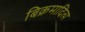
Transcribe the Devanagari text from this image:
बिक्रमादित्य